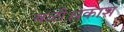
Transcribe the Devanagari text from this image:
बळी।प्रकाश